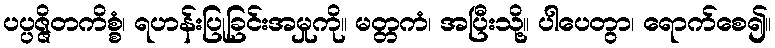
ပပ္ပဇ္ဇိတကိစ္စံ၊ ရဟန်းပြုခြင်းအမှုကို။ မတ္တကံ၊ အပြီးသို့။ ပါပေတွာ၊ ရောက်စေ၍။